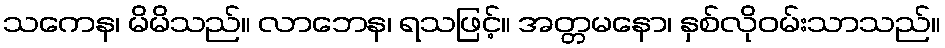
သကေန၊ မိမိသည်။ လာဘေန၊ ရသဖြင့်။ အတ္တမနော၊ နှစ်လိုဝမ်းသာသည်။